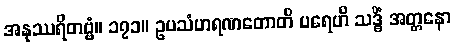
အနုဿရိတဗ္ဗံ။ ၁၇၁။ ဥပသံဟရဏတောတိ ပရေဟိ သဒ္ဓိံ အတ္တနော